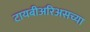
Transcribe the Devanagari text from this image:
टायबीअरिअसच्या